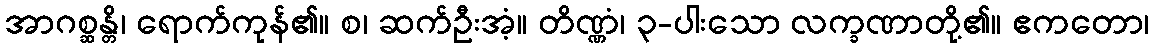
အာဂစ္ဆန္တိ၊ ရောက်ကုန်၏။ စ၊ ဆက်ဦးအံ့။ တိဏ္ဏံ၊ ၃-ပါးသော လက္ခဏာတို့၏။ ဧကတော၊